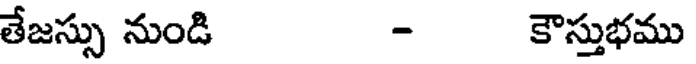
తేజస్సు నుండి - కౌస్తుభము